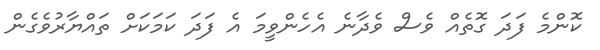
ކޮންމެ ފަދަ ގޮތެއް ވެސް ވެދާނެ އެހެންވީމަ އެ ފަދަ ކަމަކަށް ތައްޔާރުވެގެން